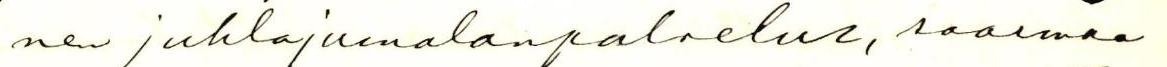
nen juhlajumalanpalvelus, saarnaa